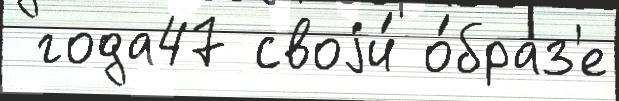
 года47 своjи́ о́браз'е